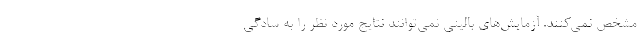
مشخص نمی‌کنند. آزمایش‌های بالینی نمی‌توانند نتایج مورد نظر را به سادگی